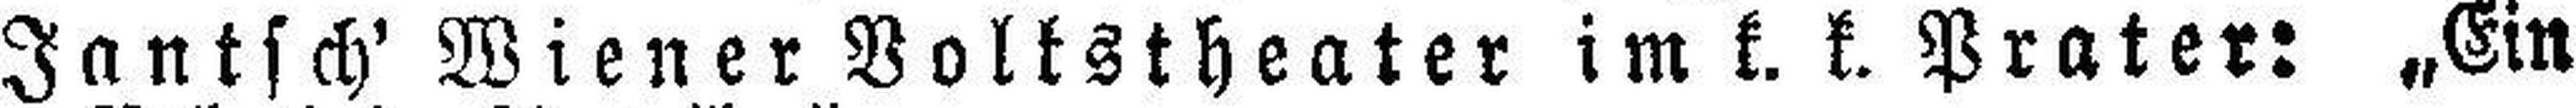
Jantsch' Wiener Volkstheater im k. k. Prater: „Ein